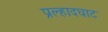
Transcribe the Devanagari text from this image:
प्रल्हादघाट